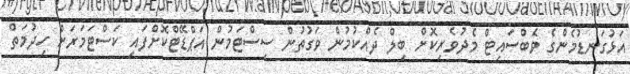
އަޅުގަނޑުމެންގެ ވެބްސައިޓް މެދުވެރިކޮށް ބިލް ދެއްކުމުން ވަގުތުން ސިސްޓަމުން އަޕްޑޭޓްކޮށްފައި ކަސްޓަމަރަށް ހިދުމަތް